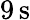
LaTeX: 9\, \mathrm{s}